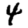
Digit: 4